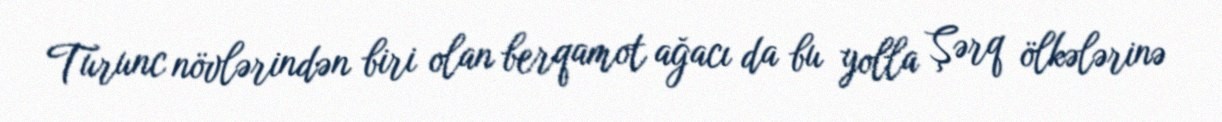
Turunc növlərindən biri olan berqamot ağacı da bu yolla Şərq ölkələrinə